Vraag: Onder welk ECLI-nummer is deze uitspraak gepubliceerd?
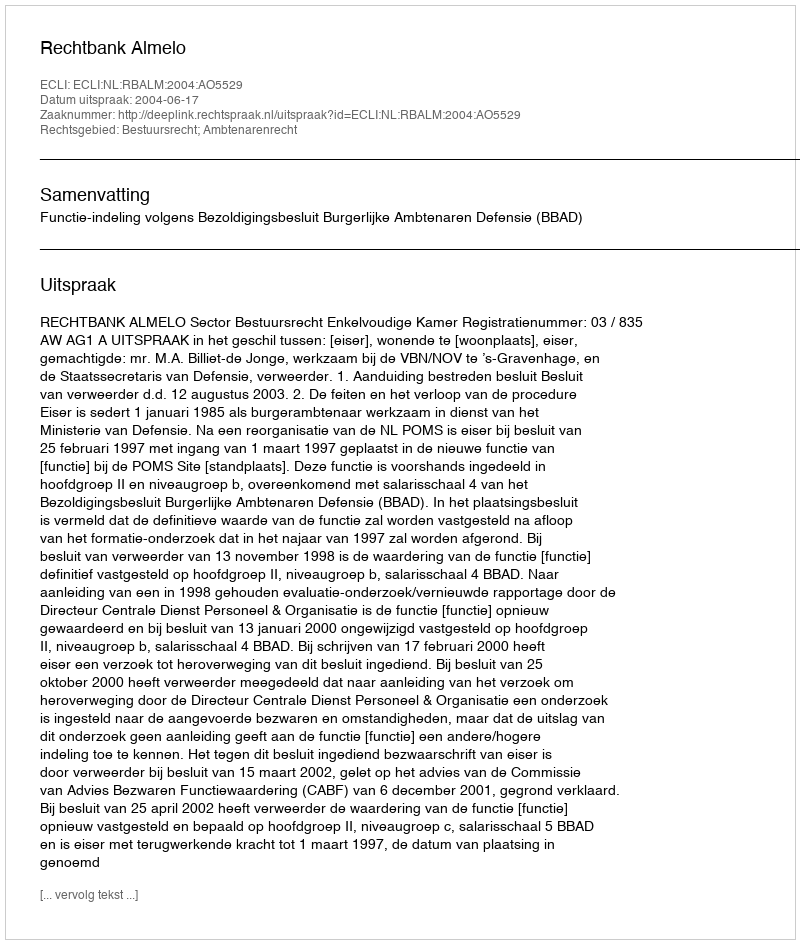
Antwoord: ECLI:NL:RBALM:2004:AO5529